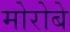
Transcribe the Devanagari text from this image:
मोरोबे